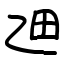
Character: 乪